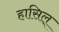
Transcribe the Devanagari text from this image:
हासिल्